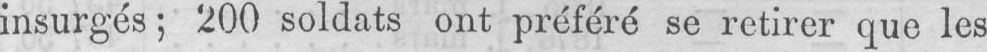
insurgés; 200 soldats ont préféré se retirer que les